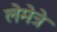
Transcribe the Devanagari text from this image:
लेमेत्रे